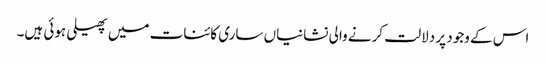
اس کے وجود پر دلالت کرنے والی نشانیاں ساری کائنات میں پھیلی ہوئی ہیں۔